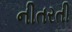
નીતરતી